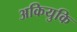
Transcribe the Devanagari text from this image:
अकियुकि